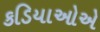
કડિયાઓએ